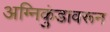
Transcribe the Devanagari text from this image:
अग्निकुंडावरून